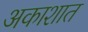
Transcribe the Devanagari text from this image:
अकाशात